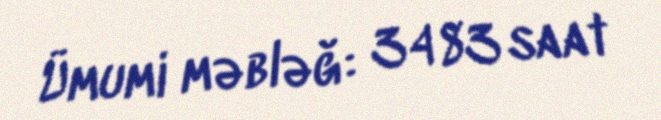
Ümumi məbləğ: 3483 saat